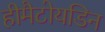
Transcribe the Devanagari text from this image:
हीमैटोयडिन